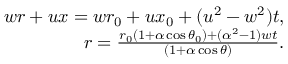
\begin{array} { r } { w r + u x = w r _ { 0 } + u x _ { 0 } + ( u ^ { 2 } - w ^ { 2 } ) t , } \\ { r = \frac { r _ { 0 } ( 1 + \alpha \cos \theta _ { 0 } ) + ( \alpha ^ { 2 } - 1 ) w t } { ( 1 + \alpha \cos \theta ) } . } \end{array}